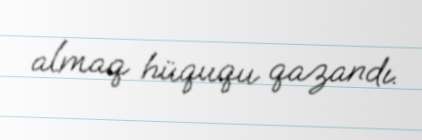
almaq hüququ qazandı.